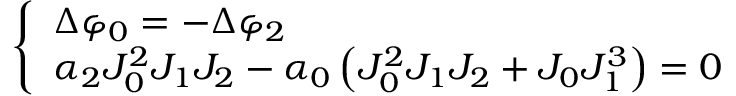
\left\{ \begin{array} { l } { \Delta \varphi _ { 0 } = - \Delta \varphi _ { 2 } } \\ { \alpha _ { 2 } J _ { 0 } ^ { 2 } J _ { 1 } J _ { 2 } - \alpha _ { 0 } \left( J _ { 0 } ^ { 2 } J _ { 1 } J _ { 2 } + J _ { 0 } J _ { 1 } ^ { 3 } \right) = 0 } \end{array} \right.